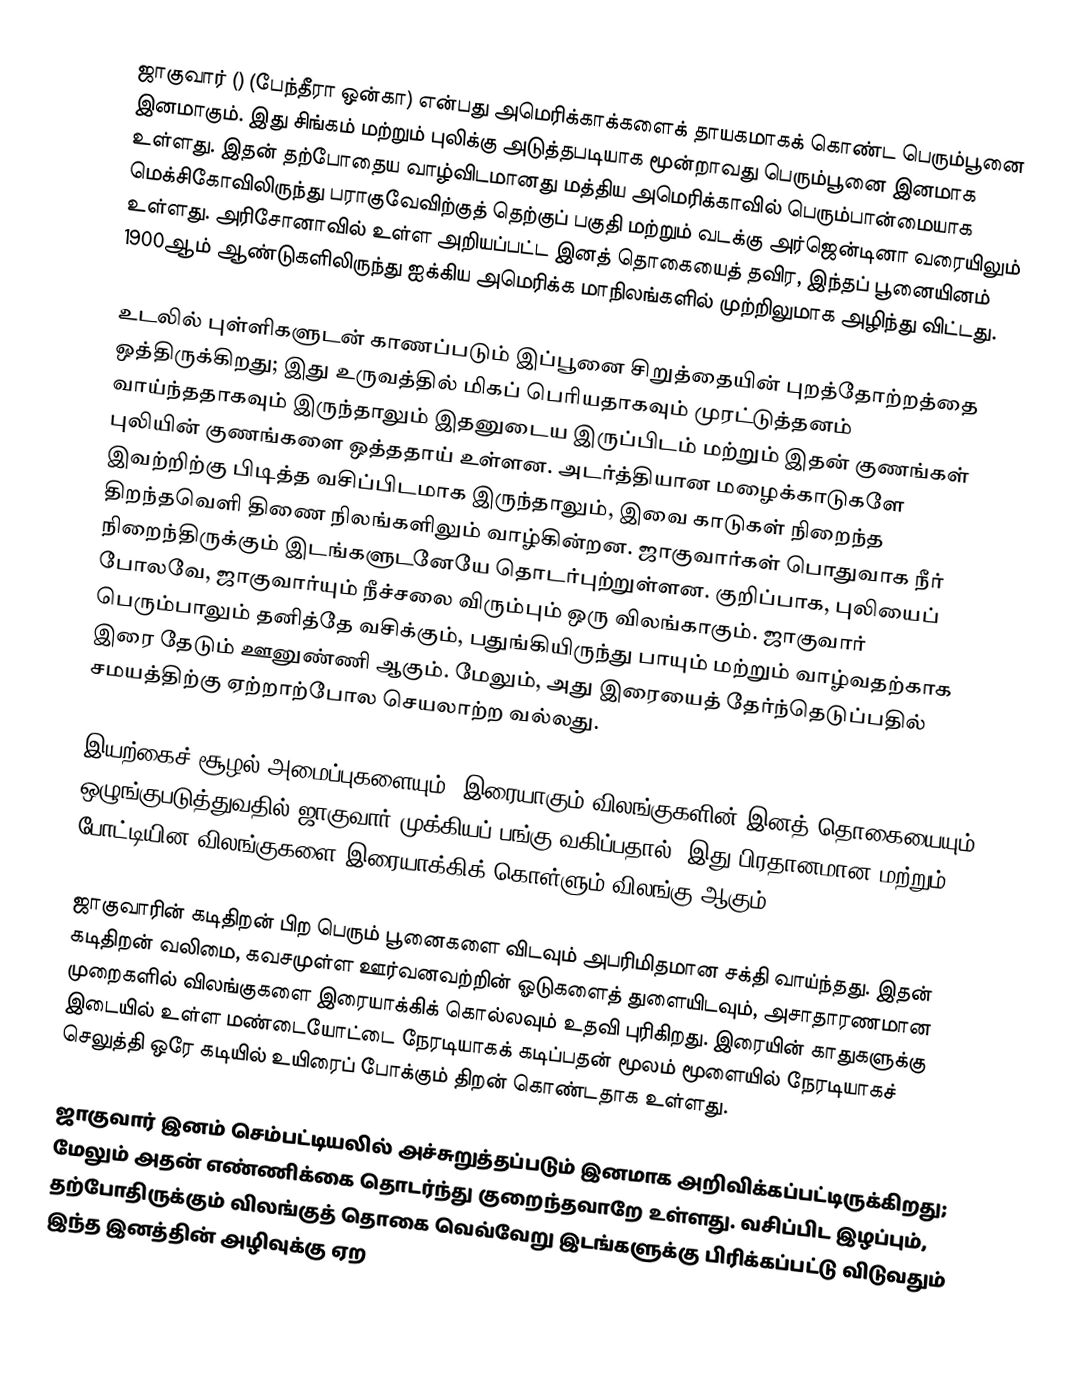
ஜாகுவார் () (பேந்தீரா ஒன்கா) என்பது அமெரிக்காக்களைக் தாயகமாகக் கொண்ட பெரும்பூனை இனமாகும். இது சிங்கம் மற்றும் புலிக்கு அடுத்தபடியாக மூன்றாவது பெரும்பூனை இனமாக உள்ளது. இதன் தற்போதைய வாழ்விடமானது மத்திய அமெரிக்காவில் பெரும்பான்மையாக மெக்சிகோவிலிருந்து பராகுவேவிற்குத் தெற்குப் பகுதி மற்றும் வடக்கு அர்ஜென்டினா வரையிலும் உள்ளது. அரிசோனாவில் உள்ள அறியப்பட்ட இனத் தொகையைத் தவிர, இந்தப் பூனையினம் 1900ஆம் ஆண்டுகளிலிருந்து ஐக்கிய அமெரிக்க மாநிலங்களில் முற்றிலுமாக அழிந்து விட்டது.

உடலில் புள்ளிகளுடன் காணப்படும் இப்பூனை சிறுத்தையின் புறத்தோற்றத்தை ஒத்திருக்கிறது; இது உருவத்தில் மிகப் பெரியதாகவும் முரட்டுத்தனம் வாய்ந்ததாகவும் இருந்தாலும் இதனுடைய இருப்பிடம் மற்றும் இதன் குணங்கள் புலியின் குணங்களை ஒத்ததாய் உள்ளன. அடர்த்தியான மழைக்காடுகளே இவற்றிற்கு பிடித்த வசிப்பிடமாக இருந்தாலும், இவை காடுகள் நிறைந்த திறந்தவெளி திணை நிலங்களிலும் வாழ்கின்றன. ஜாகுவார்கள் பொதுவாக நீர் நிறைந்திருக்கும் இடங்களுடனேயே  தொடர்புற்றுள்ளன. குறிப்பாக, புலியைப் போலவே, ஜாகுவார்யும் நீச்சலை விரும்பும் ஒரு விலங்காகும். ஜாகுவார் பெரும்பாலும் தனித்தே வசிக்கும், பதுங்கியிருந்து பாயும் மற்றும் வாழ்வதற்காக இரை தேடும் ஊனுண்ணி ஆகும். மேலும், அது இரையைத் தேர்ந்தெடுப்பதில் சமயத்திற்கு ஏற்றாற்போல செயலாற்ற வல்லது.

இயற்கைச் சூழல் அமைப்புகளையும், இரையாகும் விலங்குகளின் இனத் தொகையையும் ஒழுங்குபடுத்துவதில் ஜாகுவார் முக்கியப் பங்கு வகிப்பதால், இது பிரதானமான மற்றும் போட்டியின விலங்குகளை இரையாக்கிக் கொள்ளும் விலங்கு ஆகும்.

ஜாகுவாரின் கடிதிறன் பிற பெரும் பூனைகளை விடவும் அபரிமிதமான சக்தி வாய்ந்தது. இதன் கடிதிறன் வலிமை, கவசமுள்ள ஊர்வனவற்றின் ஓடுகளைத் துளையிடவும், அசாதாரணமான முறைகளில் விலங்குகளை இரையாக்கிக் கொல்லவும் உதவி புரிகிறது. இரையின் காதுகளுக்கு இடையில் உள்ள மண்டையோட்டை நேரடியாகக் கடிப்பதன் மூலம் மூளையில் நேரடியாகச் செலுத்தி ஒரே கடியில் உயிரைப் போக்கும் திறன் கொண்டதாக உள்ளது.

ஜாகுவார் இனம் செம்பட்டியலில் அச்சுறுத்தப்படும் இனமாக அறிவிக்கப்பட்டிருக்கிறது; மேலும் அதன் எண்ணிக்கை தொடர்ந்து குறைந்தவாறே உள்ளது. வசிப்பிட இழப்பும், தற்போதிருக்கும் விலங்குத் தொகை வெவ்வேறு இடங்களுக்கு பிரிக்கப்பட்டு விடுவதும் இந்த இனத்தின் அழிவுக்கு ஏற